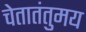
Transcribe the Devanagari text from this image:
चेतातंतुमय